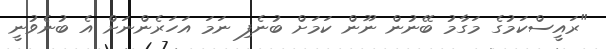
"ރައީސްކަމުގެ މަގާމު ބޭނުން ނޫން ކަމަށް ބުނެފި ނަމަ އަހަރެންނަށް އެ ބުނެވުނީ